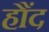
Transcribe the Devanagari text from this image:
हौंद